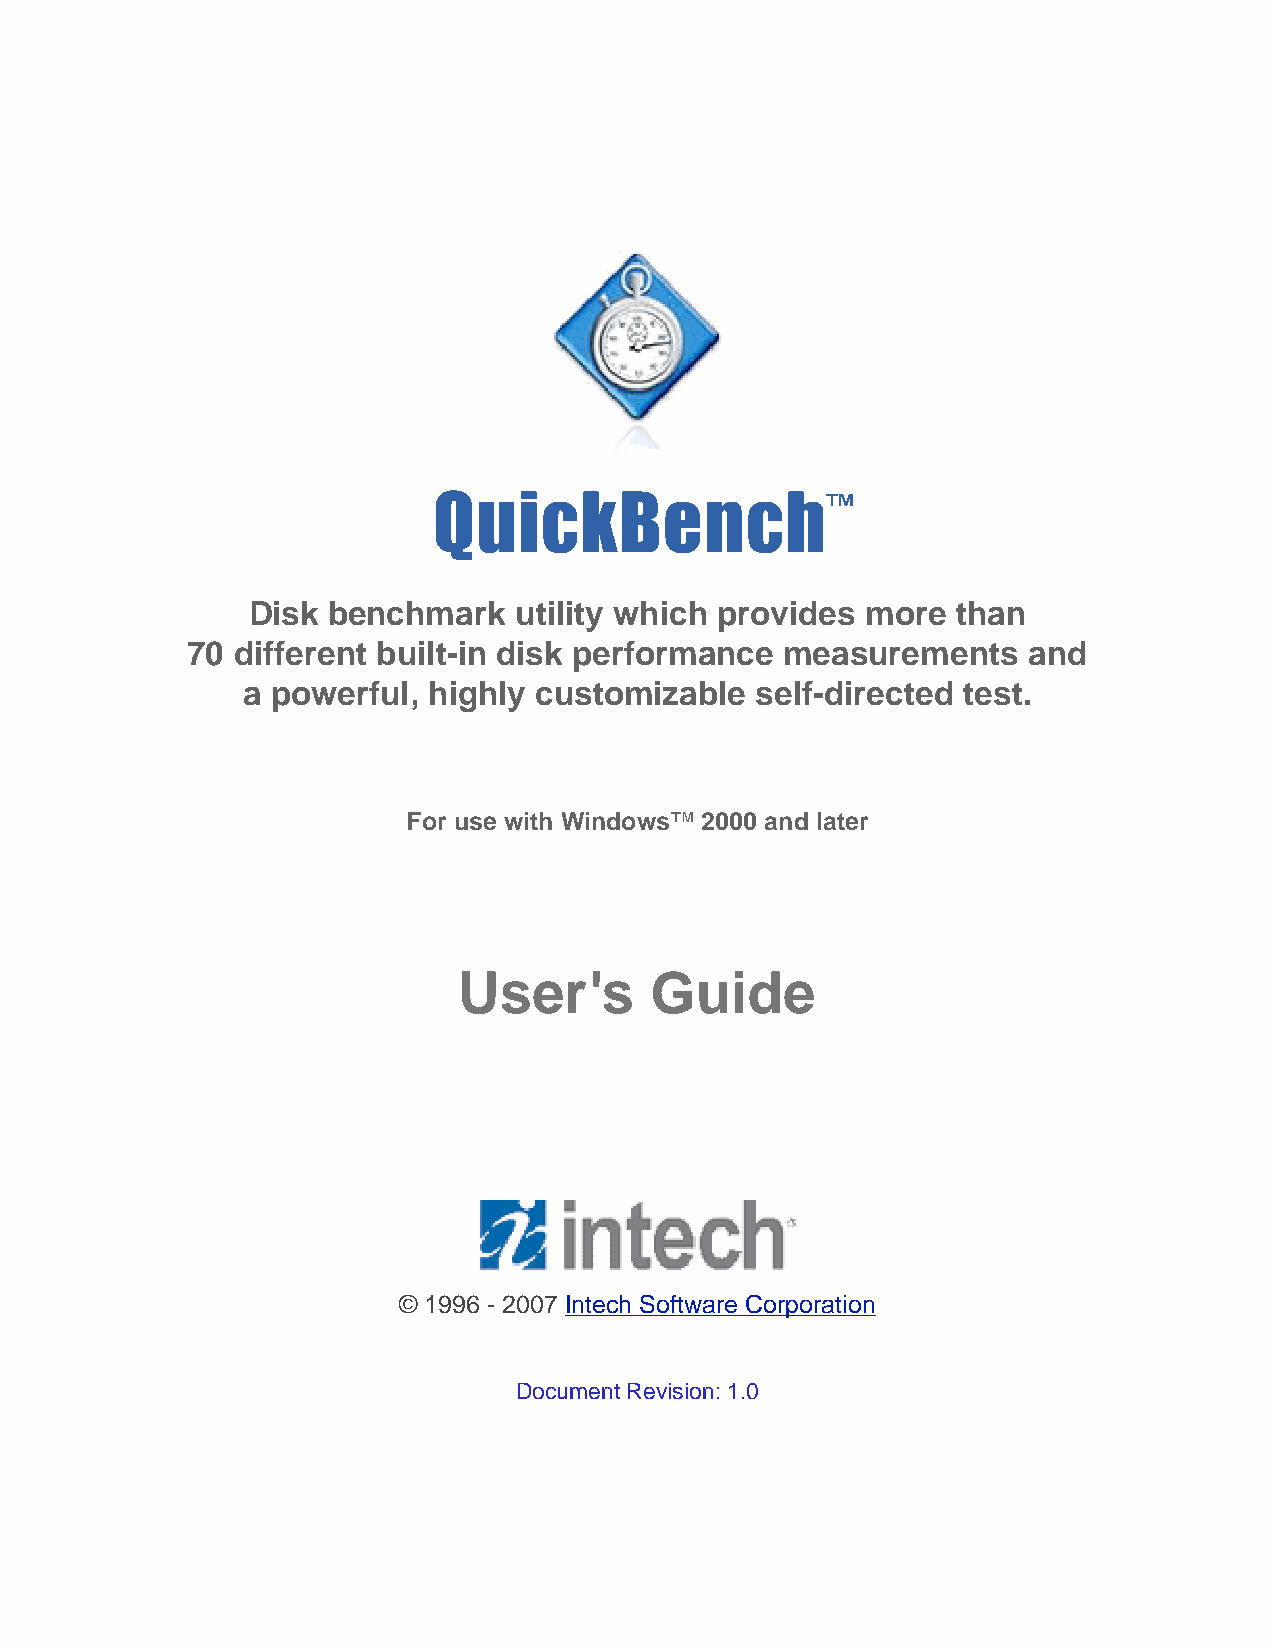
QuickBench™
 ™
 Integrity
 Disk  benchmark   utility which provides more  than
 70 different built-in disk performance  measurements    and
 Test the stability of virtually all
 a powerful, highly customizable   self-directed test.
 rewritable storage  devices  and interfaces
 Part of the Intech’s SpeedTools™ Software
 For use withf oWr iMndaocwOsS™™ 2X000 and later
 UUsseerr’'ss   GGuuididee
 © 2003 Intech Software Corporation
 © 1996 - 2007 Intech Software Corporation
 Document Revision: 1.0
 Document Revision: 2.0